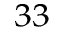
^ { 3 3 }